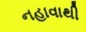
નહાવાથી